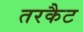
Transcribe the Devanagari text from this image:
तरकैट